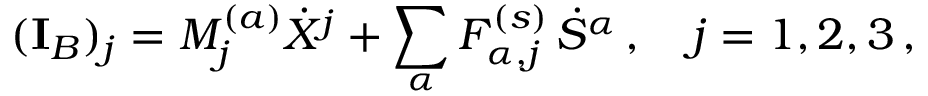
( \mathbf { I } _ { B } ) _ { j } = M _ { j } ^ { ( a ) } \dot { X } ^ { j } + \sum _ { \alpha } F _ { \alpha , j } ^ { ( s ) } \, \dot { S } ^ { \alpha } \, , \quad j = 1 , 2 , 3 \, ,